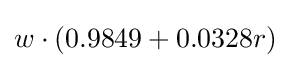
w\cdot (0.9849+0.0328r)